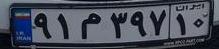
۹۱م۳۹۷۱۰